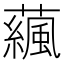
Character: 𧁯